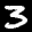
Label: 3